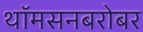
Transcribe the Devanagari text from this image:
थॉमसनबरोबर